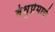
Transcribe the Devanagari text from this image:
बंधुप्रेमाचे